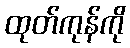
ထုတ်ကုန်ကို